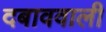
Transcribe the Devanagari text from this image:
दबाववाली